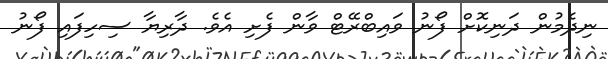
ނިދެމުން ދަނިކޮށް ފޯނު ވައިބްރޭޓް ވާން ފެށި އެވެ. ދާރިޔާ ސިހިފައި ފޯނު